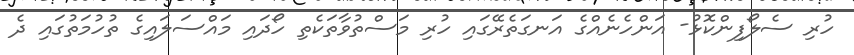
ހުރި ސެލޯފިންކޮޅު- އަންހެނެއްގެ އަނގަތެރޭގައި ހުރި މަސްތުވާތަކެތި ހޯދައި މައްސަލައިގެ ތުހުމަތުގައި ދެ